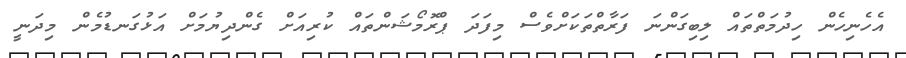
އެހެނިހެން ހިދުމަތްތައް ލިބިގަންނަ ފަރާތްތަކަށްވެސް މިފަދަ ޕްރޮމޯޝަންތައް ކުރިއަށް ގެންދިޔުމަށް އަޅުގަނޑުމެން މިދަނީ